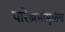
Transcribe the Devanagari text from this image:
परिश्रमांमुळेच